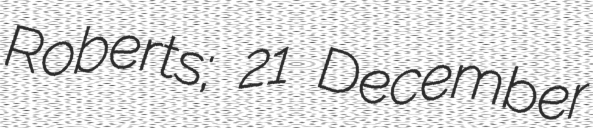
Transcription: Roberts; 21 December